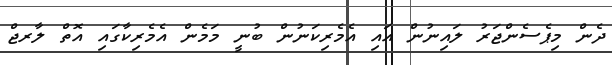
ދެން މިޕެސެންޖަރު ލައިނުން އައި އެމެރިކަނުން ބުނީ މަމެން އެމެރިކާގައި އޮތް ލާރޖް